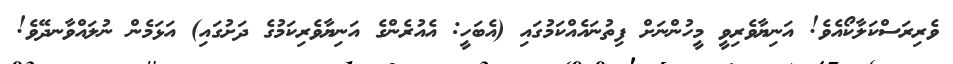
ވެރިރަސްކަލާކޯއެވެ! އަނިޔާވެރިވީ މީހުންނަށް ފިތުނައެއްކަމުގައި (އެބަހީ: އެއުރެންގެ އަނިޔާވެރިކަމުގެ ދަށުގައި) އަޅަމެން ނުލައްވާނދޭވެ!